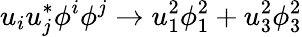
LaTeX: u_{i}u_{j}^{*}\phi^{i}\phi^{j}\rightarrow u_{1}^{2}\phi_{1}^{2}+u_{3}^{2}\phi_{3}^{2}